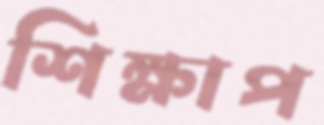
শিক্ষাপ